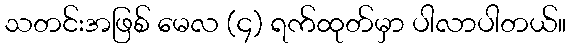
သတင်းအဖြစ် မေလ (၄) ရက်ထုတ်မှာ ပါလာပါတယ်။